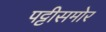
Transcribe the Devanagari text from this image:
पट्टीसमोर